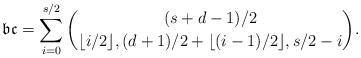
LaTeX: \begin{align*}\mathfrak{bc}=\sum_{i=0}^{s/2}\binom{(s+d-1)/2}{\lfloor i/2 \rfloor, (d+1)/2+\lfloor (i-1)/2\rfloor, s/2-i}.\end{align*}